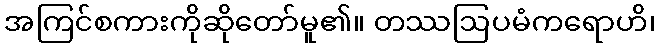
အကြင်စကားကိုဆိုတော်မူ၏။ တဿဩပမံကရောဟိ၊